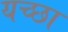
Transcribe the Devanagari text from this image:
यच्छा